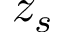
z _ { s }